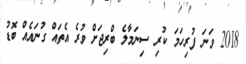
2018 ވަނަ ފުރިހަމަ ކުރި ސިނަމާލެ ބްރިޖަށް ވުރެ އެތައް ގުނައެއް ބޮޑު